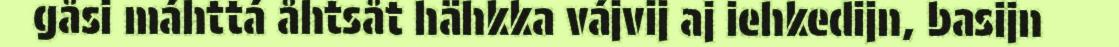
gåsi máhttá åhtsåt hähkka vájvij aj iehkedijn, basijn